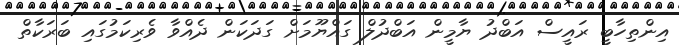
އިންތިހާބީ ރައީސް އަބްދު ޔާމީން އަބްދުލް ގައްޔޫމަށް ގަދަކަން ދެއްވާ ވެރިކަމުގައި ބަރަކާތް